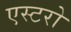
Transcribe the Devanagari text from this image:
एस्टरो